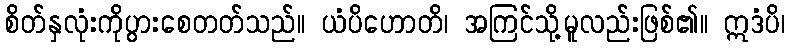
စိတ်နှလုံးကိုပွားစေတတ်သည်။ ယံပိဟောတိ၊ အကြင်သို့မူလည်းဖြစ်၏။ ဣဒံပိ၊